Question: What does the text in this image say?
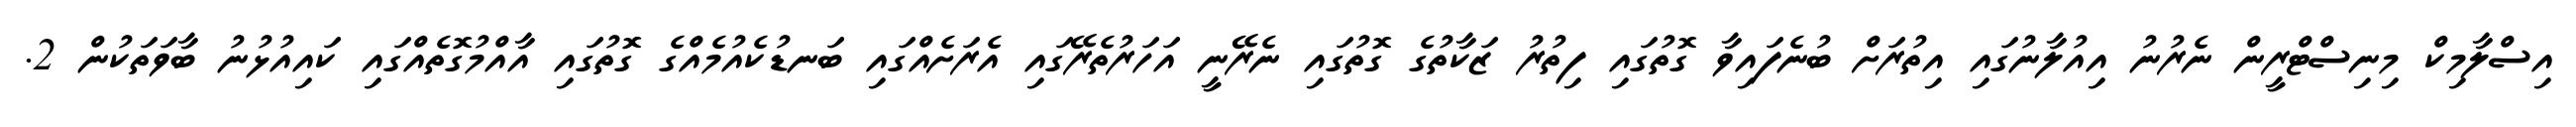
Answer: އިސްލާމިކް މިނިސްޓްރީން ނެރުނު އިއުލާނުގައި އިތުރަށް ބުނެފައިވާ ގޮތުގައި ފިތުރު ޒަކާތުގެ ގޮތުގައި ނެރޭނީ އަހަރުތެރޭގައި އެރަށެއްގައި ބަނޑުކެއުމެއްގެ ގޮތުގައި އާއްމުގޮތެއްގައި ކައިއުޅުނު ބާވަތަކުން 2.